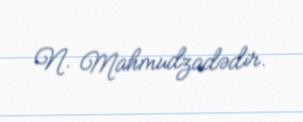
N. Mahmudzadədir.